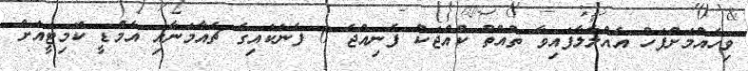
ވިހެއުމަށްފަހު އެއްލާލާފައިވާ ތުއްތު ކުއްޖަކު ފެނިއްޖެ 6 ފެނަކައިގެ ޗެއާމަނާއި އެމްޑީ ކޮމިޓީއަށް